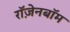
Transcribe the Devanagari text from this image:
रॉज़ेनबॉम